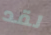
لقد